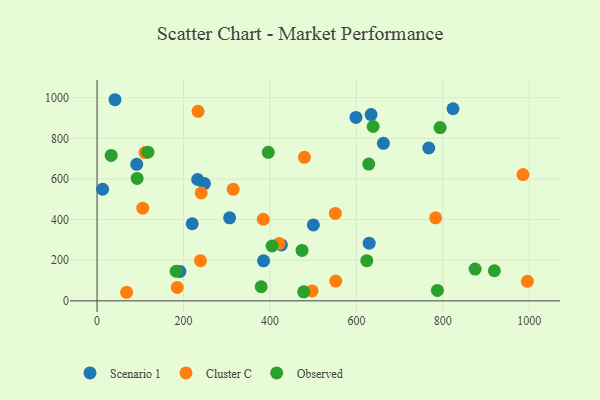
{"axis": {"x": "Experience", "y": "Salary"}, "legend": ["Cluster C", "Observed", "Scenario 1"], "data": [{"x": "633.9", "y": 916.9, "type": "Scenario 1"}, {"x": "662.4", "y": 775.4, "type": "Scenario 1"}, {"x": "500.4", "y": 373.7, "type": "Scenario 1"}, {"x": "41.5", "y": 990.1, "type": "Scenario 1"}, {"x": "599.0", "y": 903.0, "type": "Scenario 1"}, {"x": "232.7", "y": 597.4, "type": "Scenario 1"}, {"x": "91.8", "y": 671.9, "type": "Scenario 1"}, {"x": "220.2", "y": 379.5, "type": "Scenario 1"}, {"x": "426.5", "y": 275.5, "type": "Scenario 1"}, {"x": "191.6", "y": 144.7, "type": "Scenario 1"}, {"x": "629.5", "y": 284.0, "type": "Scenario 1"}, {"x": "823.5", "y": 945.6, "type": "Scenario 1"}, {"x": "306.7", "y": 408.6, "type": "Scenario 1"}, {"x": "248.4", "y": 577.4, "type": "Scenario 1"}, {"x": "767.4", "y": 752.4, "type": "Scenario 1"}, {"x": "385.2", "y": 197.1, "type": "Scenario 1"}, {"x": "12.9", "y": 549.5, "type": "Scenario 1"}, {"x": "497.4", "y": 48.9, "type": "Cluster C"}, {"x": "479.8", "y": 706.4, "type": "Cluster C"}, {"x": "111.0", "y": 730.1, "type": "Cluster C"}, {"x": "420.9", "y": 281.7, "type": "Cluster C"}, {"x": "551.3", "y": 430.3, "type": "Cluster C"}, {"x": "233.7", "y": 932.9, "type": "Cluster C"}, {"x": "105.8", "y": 456.1, "type": "Cluster C"}, {"x": "783.3", "y": 408.8, "type": "Cluster C"}, {"x": "552.2", "y": 97.1, "type": "Cluster C"}, {"x": "240.9", "y": 531.2, "type": "Cluster C"}, {"x": "985.3", "y": 621.5, "type": "Cluster C"}, {"x": "239.3", "y": 197.6, "type": "Cluster C"}, {"x": "68.3", "y": 42.2, "type": "Cluster C"}, {"x": "185.5", "y": 66.1, "type": "Cluster C"}, {"x": "314.9", "y": 549.2, "type": "Cluster C"}, {"x": "995.5", "y": 95.9, "type": "Cluster C"}, {"x": "384.5", "y": 401.6, "type": "Cluster C"}, {"x": "474.2", "y": 248.0, "type": "Observed"}, {"x": "919.1", "y": 148.1, "type": "Observed"}, {"x": "404.9", "y": 270.1, "type": "Observed"}, {"x": "92.7", "y": 602.6, "type": "Observed"}, {"x": "793.6", "y": 853.2, "type": "Observed"}, {"x": "478.0", "y": 44.2, "type": "Observed"}, {"x": "32.7", "y": 715.7, "type": "Observed"}, {"x": "396.2", "y": 731.0, "type": "Observed"}, {"x": "638.7", "y": 858.2, "type": "Observed"}, {"x": "624.0", "y": 197.7, "type": "Observed"}, {"x": "874.6", "y": 156.3, "type": "Observed"}, {"x": "379.7", "y": 69.5, "type": "Observed"}, {"x": "182.9", "y": 145.7, "type": "Observed"}, {"x": "787.4", "y": 51.3, "type": "Observed"}, {"x": "628.5", "y": 673.1, "type": "Observed"}, {"x": "117.6", "y": 732.0, "type": "Observed"}]}